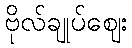
ဗိုလ်ချုပ်ဈေး